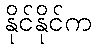
နိုင်နိုင်က